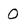
Character: O